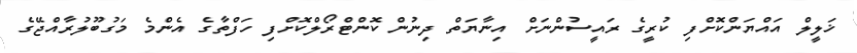
ޚަލީލް އައްޔަންކޮށްފި ކުރީގެ ރައީސުންނަށް އިނާޔަތް ދިނުން ކޮންޓްރޯލްކޮށްފި ހަފްތާގެ އެންމެ މަގުބޫލުރާއްޖޭގެ